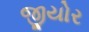
જીયોર